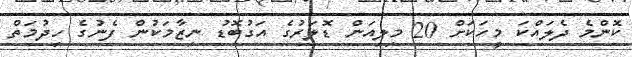
ކޮންމެ ދެލައްކަ މީހަކަށް 20 މިލިއަން ޑޮލަރުގެ އަގުބޮޑު ނިޒާމަކުން ފެނުގެ ހިދުމަތް